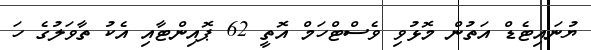
ޔުނައިޓެޑް އަތުން މޮޅުވި ވެސްޓްހަމް އޮތީ 62 ޕޮއިންޓާއި އެކު ތާވަލުގެ ހަ